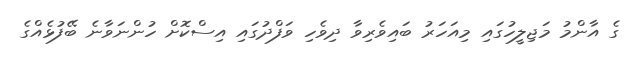
ގެ އާންމު މަޖިލީހުގައި މިއަހަރު ބައިވެރިވާ ދިވެހި ވަފްދުގައި އިސްކޮށް ހުންނަވާނެ ބޭފުޅެއްގެ